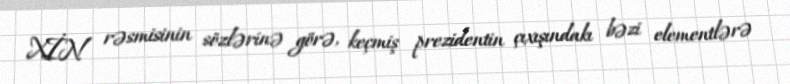
XİN rəsmisinin sözlərinə görə, keçmiş prezidentin çıxışındakı bəzi elementlərə